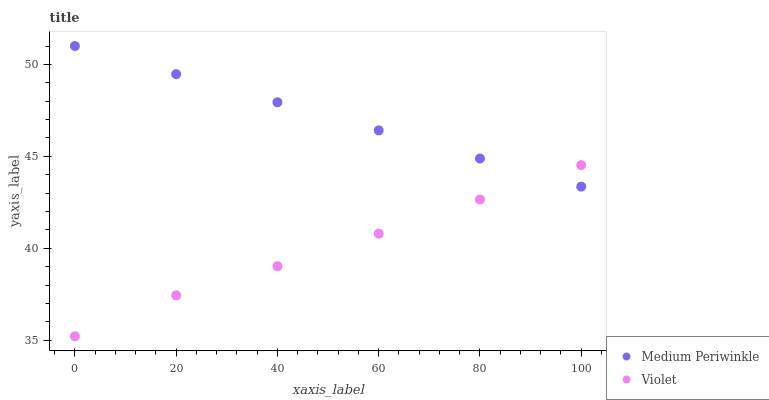
| xaxis_label | Medium Periwinkle | Violet |
 | --- | --- | --- |
 | 0 | 51 | 35.2 |
 | 20 | 49.5 | 37.4 |
 | 40 | 47.9 | 39 |
 | 60 | 46.4 | 40.8 |
 | 80 | 44.9 | 42.7 |
 | 100 | 43.4 | 44.5 |